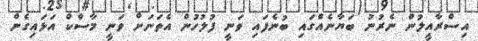
އިސްރާއީލުން ނެރުނު ބަޔާނެއްގައި ބުނެފައި ވަނީ ފުލުހުން އެތަނަށް ވަނީ މާސްކް އަޅައިގެން